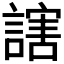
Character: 𬣁